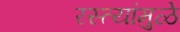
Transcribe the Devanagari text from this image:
रस्त्यांमुळे